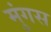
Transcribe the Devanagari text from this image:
मुंगस